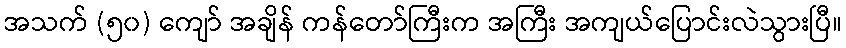
အသက် (၅၀) ကျော် အချိန် ကန်တော်ကြီးက အကြီး အကျယ်ပြောင်းလဲသွားပြီ။